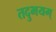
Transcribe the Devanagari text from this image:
तदुभयम्